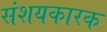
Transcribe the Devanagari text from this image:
संशयकारक